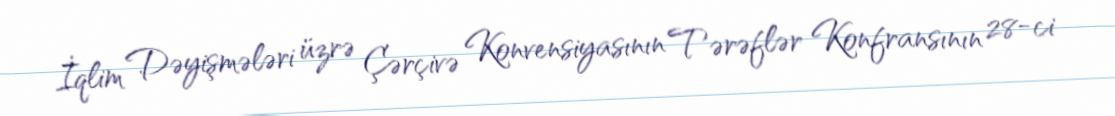
İqlim Dəyişmələri üzrə Çərçivə Konvensiyasının Tərəflər Konfransının 28-ci